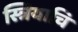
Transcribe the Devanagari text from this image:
स्त्रियाचि